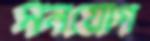
মনযোগ